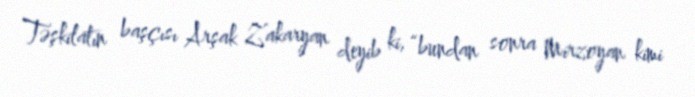
Təşkilatın başçısı Arşak Zakaryan deyib ki, “bundan sonra Mirzoyan kimi